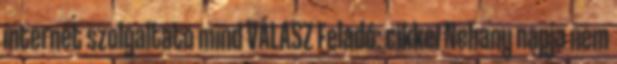
internet szolgaltato mind VÁLASZ Feladó: cikkei Nehany napja nem